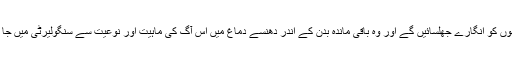
ان کی آنکھوں کو انگارے جھلسائیں گے اور وہ باقی ماندہ بدن کے اندر دھنسے دماغ میں اس آگ کی ماہیت اور نوعیت سے سنگولیرٹی میں جا نکلیں گے۔